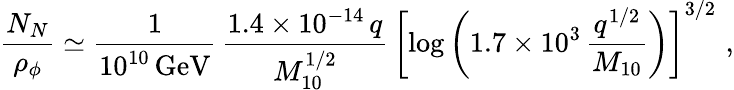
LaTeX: \frac{N_{N}}{\rho_{\phi}}\simeq\frac{1}{10^{10}\, \mathrm{{GeV}}}\, \frac{1.4\times 10^{-14}\, q}{M_{10}^{1/2}}\, \left[\log\left(1.7\times 10^{3}\, \frac{q^{1/2}}{M_{10}}\right)\right]^{3/2}\, \, ,